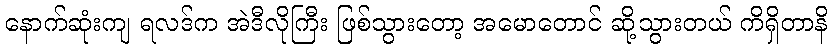
နောက်ဆုံးကျ ရလဒ်က အဲဒီလိုကြီး ဖြစ်သွားတော့ အမောတောင် ဆို့သွားတယ် ကိရှိတာနိ